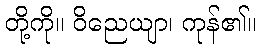
တို့ကို။ ဝိညေယျာ၊ ကုန်၏။